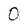
Character: 0